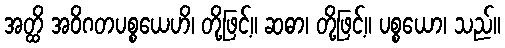
အတ္ထိ အဝိဂတပစ္စယေဟိ၊ တို့ဖြင့်။ ဆဓာ၊ တို့ဖြင့်။ ပစ္စယော၊ သည်။